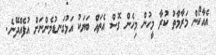
އެއާކޯން މަރާމާތު ކުރާ މީހުން މިހެން ގޮސް އެތައް ބަޔަކު އަޅުގަނޑުމެންނަށް އުފެއްދޭނެ.